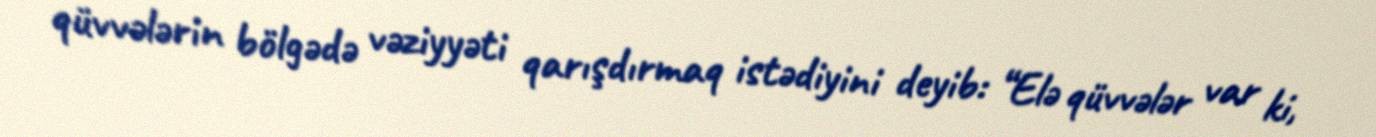
qüvvələrin bölgədə vəziyyəti qarışdırmaq istədiyini deyib: “Elə qüvvələr var ki,